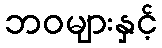
ဘဝများနှင့်